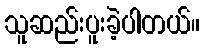
သူဆည်းပူးခဲ့ပါတယ်။